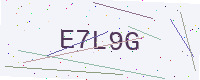
Text: E7L9G